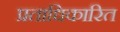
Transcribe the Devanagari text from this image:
प्रताधिकारित